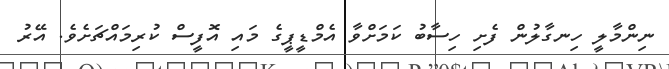
ނިންމާލީ ހިނގާލުން ފެށި ހިސާބު ކަމަށްވާ އެމްޑީޕީގެ މައި އޮފީސް ކުރިމައްޗަށެވެ. އޭރު